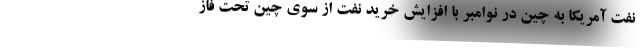
نفت آمریکا به چین در نوامبر با افزایش خرید نفت از سوی چین تحت فاز